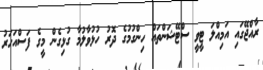
ރާއްޖޭގައި އަމިއްލަ ޓީވީ ސްޓޭޝަންތައް ހިންގުމުގެ ދޮރު ހުޅުވާލުމާ ގުޅިގެން މީގެ ފަސްއަހަރު